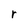
Character: r